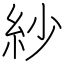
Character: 紗